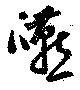
嚥